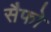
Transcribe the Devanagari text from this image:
सैफो